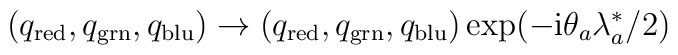
\left(  q_{\mathrm{red}},q_{\mathrm{grn}},q_{\mathrm{blu}}\right)\rightarrow\left(  q_{\mathrm{red}},q_{\mathrm{grn}},q_{\mathrm{blu}}\right)\exp(-\mathrm{i}\theta_{a}\lambda_{a}^{\ast}/2)